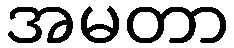
အမတာ